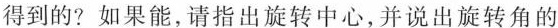
得到的?如果能，请指出旋转中心，并说出旋转角的